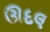
ઊદલ